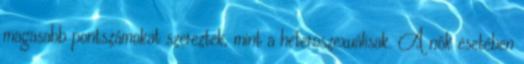
magasabb pontszámokat szereztek, mint a heteroszexuálisak. A nők esetében